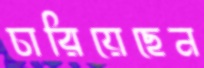
চারিয়েছেন